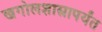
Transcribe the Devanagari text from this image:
खगोलशास्त्रापर्यंत